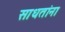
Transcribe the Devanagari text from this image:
साधतांना